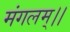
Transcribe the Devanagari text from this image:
मंगलम्।।